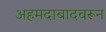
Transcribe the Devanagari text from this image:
अहमदाबादवरून